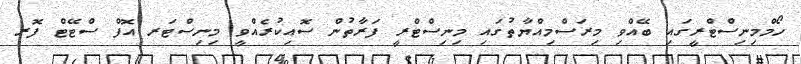
ހޯމްމިނިސްޓްރީގައި ބޭއްވި މިރަސްމިއްޔާތުގައި މިނިސްޓްރީ ފަރާތުން ސޮއިކުރެއްވީ މިނިސްޓަރ އޮފް ސްޓޭޓް ފޮރ